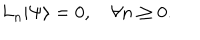
L _ { n } | \Psi \rangle = 0 , \quad \forall n \ge 0 .